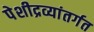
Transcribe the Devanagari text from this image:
पेशीद्रव्यांतर्गत